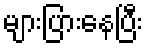
များပြားနေပြီး